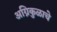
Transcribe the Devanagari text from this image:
अग्निकुळाचे